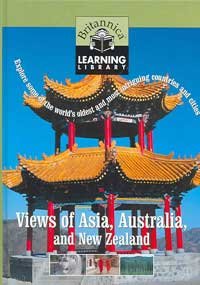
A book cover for Views of Asia and Australia (Britannica Learning Library); Children's Books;